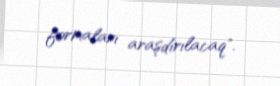
formaları araşdırılacaq".